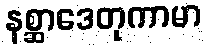
နစ္ဆာဒေတုကာမာ